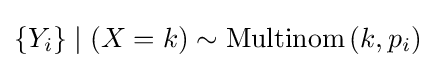
\{Y_{i}\}\mid (X=k)\sim \mathrm {Multinom} \left(k,p_{i}\right)